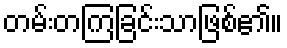
တမ်းတကြခြင်းသာဖြစ်၏။